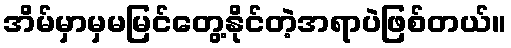
အိမ်မှာမှမမြင်တွေ့နိုင်တဲ့အရာပဲဖြစ်တယ်။